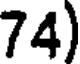
74)